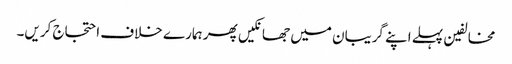
مخالفین پہلے اپنے گریبان میں جھانکیں پھر ہمارے خلاف احتجاج کریں۔